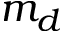
m _ { d }